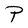
Character: P